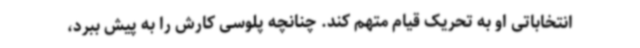
انتخاباتی او به تحریک قیام متهم کند. چنانچه پلوسی کارش را به پیش ببرد،